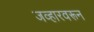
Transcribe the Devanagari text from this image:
जव्हारवरून